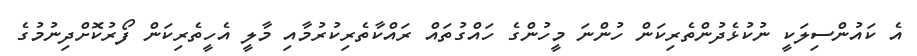
އެ ކައުންސިލަކީ ނުކުޅެދުންތެރިކަން ހުންނަ މީހުންގެ ހައްގުތައް ރައްކާތެރިކުރުމާއި މާލީ އެހީތެރިކަން ފޯރުކޮށްދިނުމުގެ